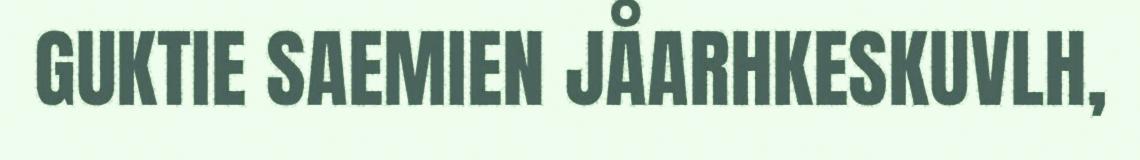
GUKTIE SAEMIEN JÅARHKESKUVLH,